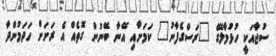
ސުޖާއަކީ ހުޅުމާލޭގެ "ރަސްގެފާނު" ކަމަށާއި އޭނާ ބޭނުން ގޮތެއް އެ ރަށަށް ހަދަމުންދާ